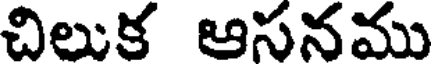
చిలుక ఆసనము